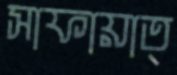
সাফায়াত্